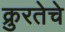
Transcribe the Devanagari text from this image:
क्रुरतेचे